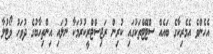
އެހެންވެ އެމެރިކާގެ ބައެއް ސްޓޭޓްތަކުގައި ކުރިން ރަޖިސްޓްރީކުރުމަކާ ނުލައި އިންތިހާބުގެ ދުވަހު ވޯޓުލާ